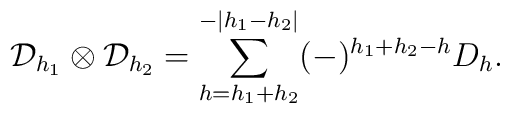
\mathcal{D}_{h_1} \otimes \mathcal{D}_{h_2}         = \sum_{h=h_1 + h_2}^{-|h_1 - h_2|} (-)^{h_1 + h_2 - h}         D_{h}.